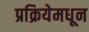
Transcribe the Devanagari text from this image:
प्रक्रियेमधून